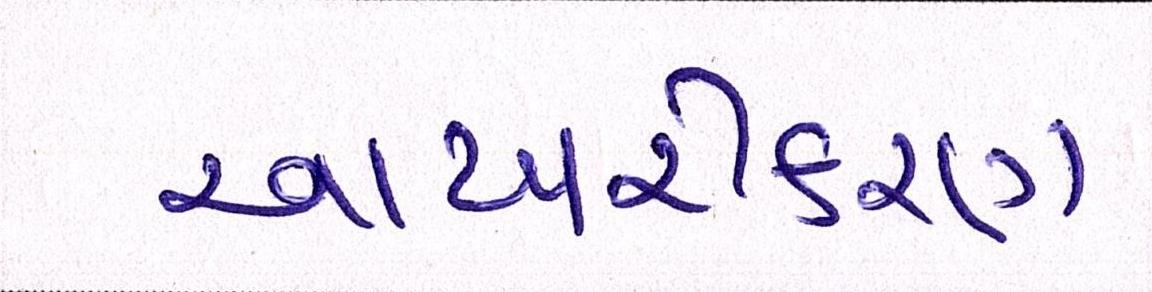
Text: આખરીકરણ